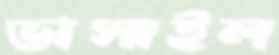
ভাসাইল